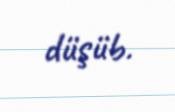
düşüb.